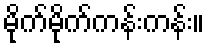
မိုက်မိုက်ကန်းကန်း။